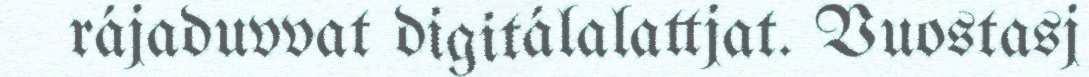
rájaduvvat digitálalattjat. Vuostasj